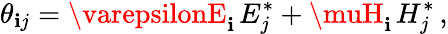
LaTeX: \theta_{\mathbf{i}j}=\varepsilonE_{\mathbf{i}}^{\phantom{*}}E_{j}^{*}+\muH_{\mathbf{i}}^{\phantom{*}}H_{j}^{*}\, ,